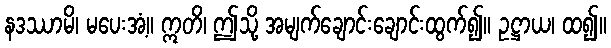
နဒဿာမိ၊ မပေးအံ့။ ဣတိ၊ ဤသို့ အမျက်ချောင်းချောင်းထွက်၍။ ဥဋ္ဌာယ၊ ထ၍။